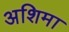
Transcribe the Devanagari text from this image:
अशिमा